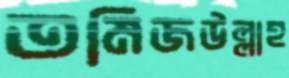
তমিজউল্লাহ